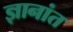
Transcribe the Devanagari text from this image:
ज्ञानांत